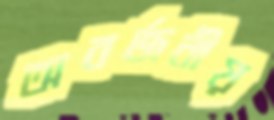
অবর্জনীয়